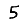
Digit: 5